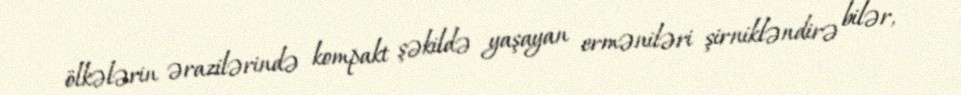
ölkələrin ərazilərində kompakt şəkildə yaşayan erməniləri şirnikləndirə bilər,